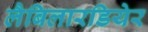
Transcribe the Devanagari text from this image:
लैबिलारडियेर